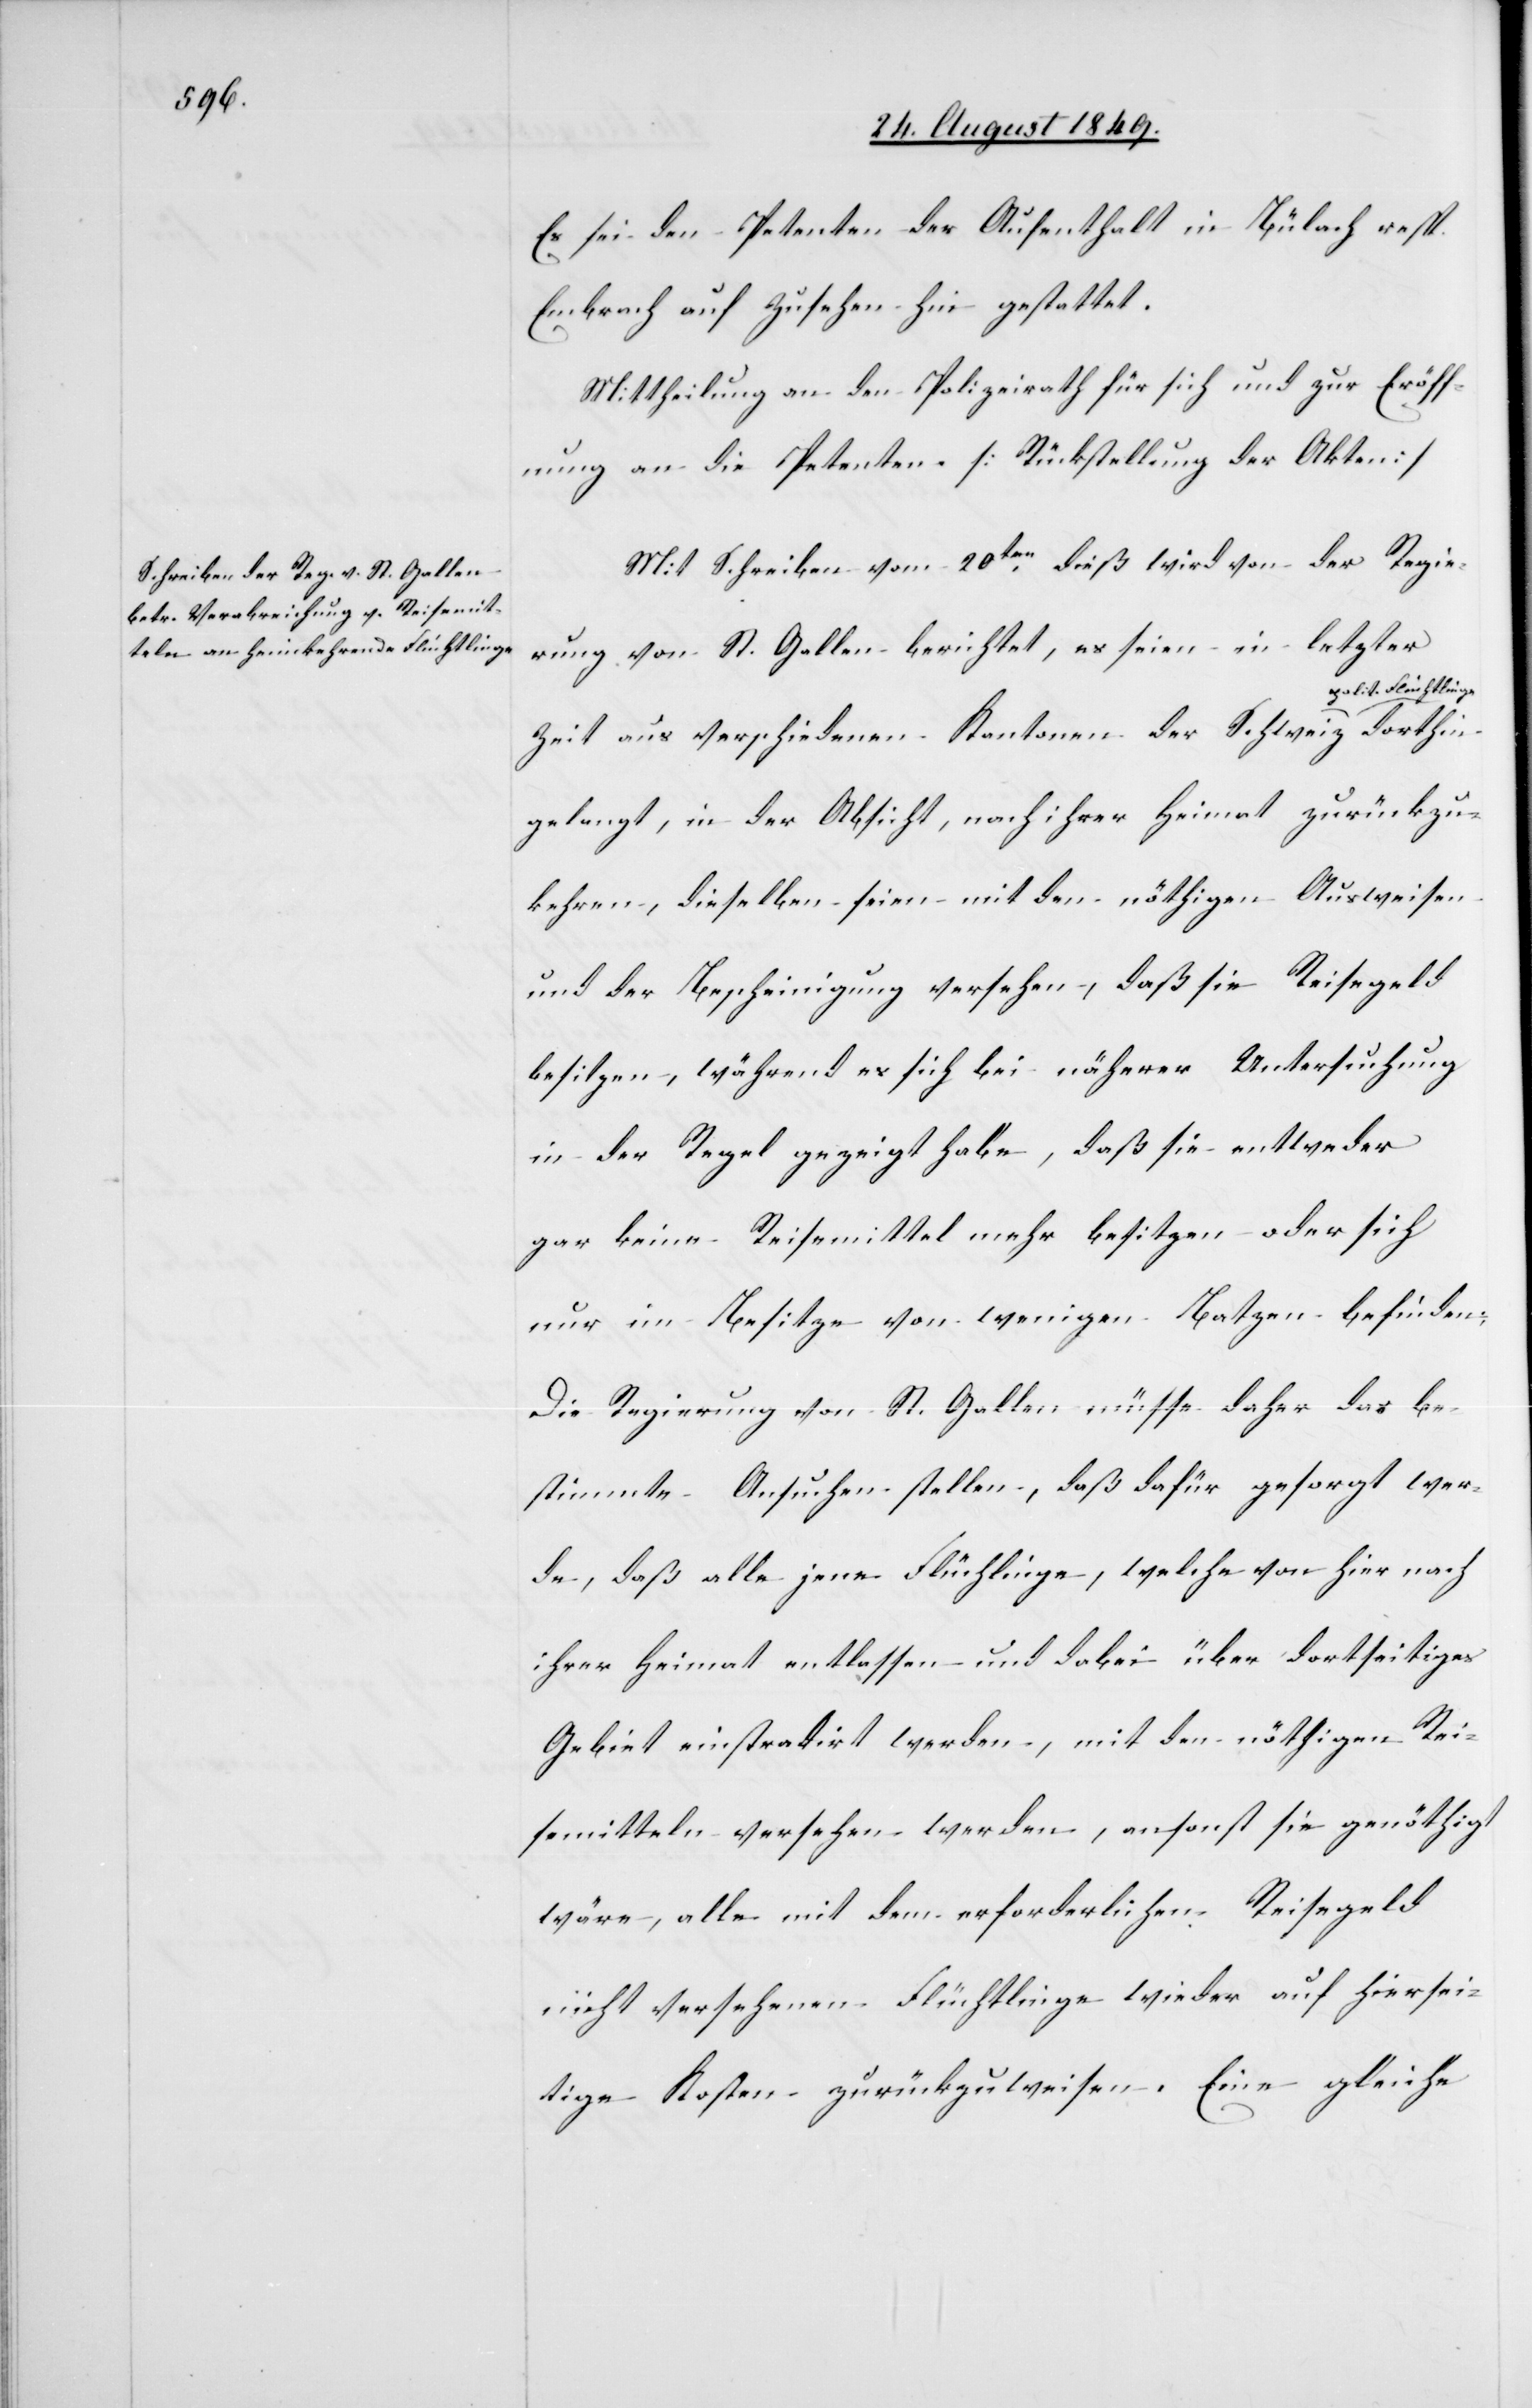
Es sei den Petenten der Aufenthalt in Bülach resp.
Embrach auf Zusehen hin gestattet.
Mittheilung an den Polizeirath für sich und zur Eröff¬
nung an die Petenten. [Rückstellung der Akten]
Mit Schreiben vom 20ten dieß wird von der Regie¬
rung von St. Gallen berichtet, es seien in letzter
olit. Flüchtlinge-a
Zeit aus verschiedenen Kantonen der Schweiz a-p¬
gelangt, in der Absicht, nach ihrer Heimat zurückzu¬
kehren, dieselben seien mit den nöthigen Ausweisen
und der Bescheinigung versehen, daß sie Reisegeld
besitzen, während es sich bei näherer Untersuchung
in der Regel gezeigt habe, daß sie entweder
gar keine Reisemittel mehr besitzen oder sich
nur im Besitze von wenigen Batzen befinden.
Die Regierung von St. Gallen müsse daher das be¬
stimmte Ansuchen stellen, daß dafür gesorgt wer¬
de, daß alle jene Flüchtlinge, welche von hier nach
ihrer Heimat entlassen und dabei über dortseitiges
Gebiet einstradirt werden, mit den nöthigen Rei¬
semitteln versehen werden, ansonst sie genöthigt
wäre, alle mit dem erforderlichen Reisegeld
nicht versehenen Flüchtlinge wieder auf hiersei¬
tige Kosten zurückzuweisen. Eine gleiche